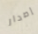
إصدار